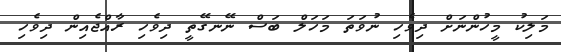
މަލިކު މީހުންނަށް ދިވެހި ނުވަތަ މަހަލް ބަސް ނޭނގޭތީ ދިވެހި ރާއްޖެއިން ދިވެހި